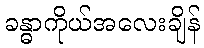
ခန္ဓာကိုယ်အလေးချိန်